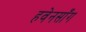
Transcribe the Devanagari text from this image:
हवेनसाँग